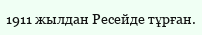
1911 жылдан Ресейде тұрған.